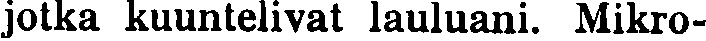
jotka kuuntelivat lauluani. Mikro-